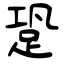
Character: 跫